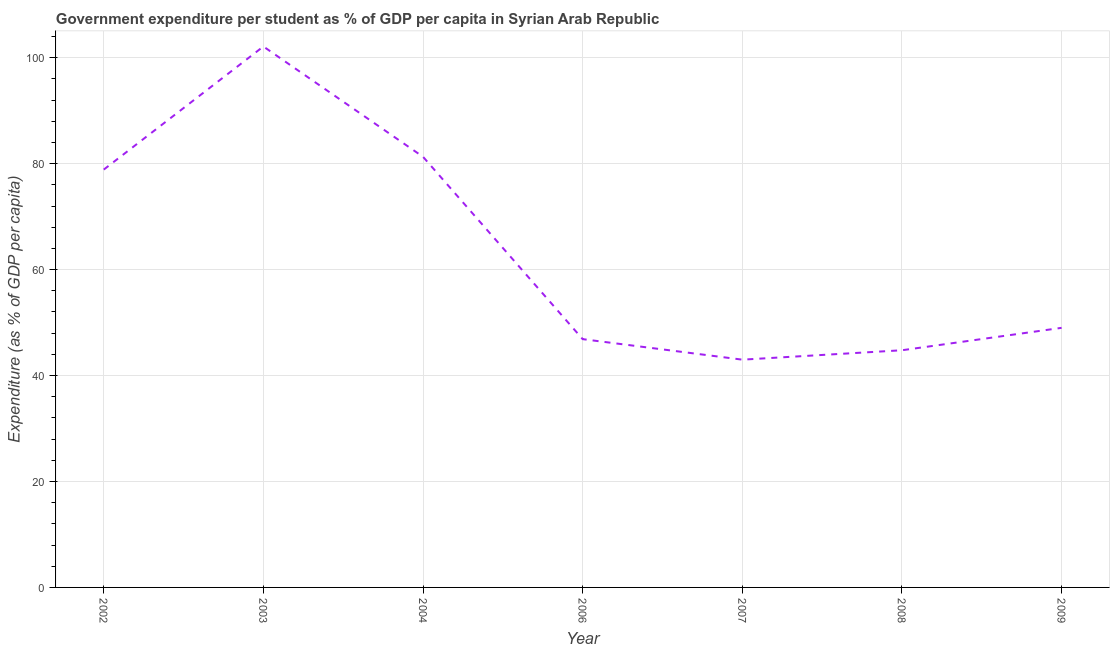
| Year | Government expenditure per tertiary student |
 | --- | --- |
 | 2002 | 78.9 |
 | 2003 | 102 |
 | 2004 | 81.3 |
 | 2006 | 46.9 |
 | 2007 | 43 |
 | 2008 | 44.8 |
 | 2009 | 49 |